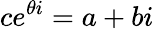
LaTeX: ce^{\theta i}=a+bi